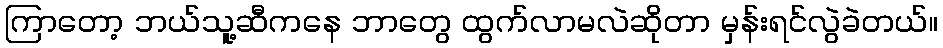
ကြာတော့ ဘယ်သူ့ဆီကနေ ဘာတွေ ထွက်လာမလဲဆိုတာ မှန်းရင်လွဲခဲတယ်။